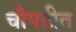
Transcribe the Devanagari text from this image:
चौपटीत